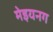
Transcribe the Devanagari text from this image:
मेइयनग